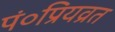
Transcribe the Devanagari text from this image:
पं०प्रियव्रत